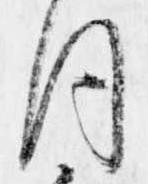
同